Civil Veterinary Dept. Assam report 1911-1927 - 1911-1927
Year: 1911
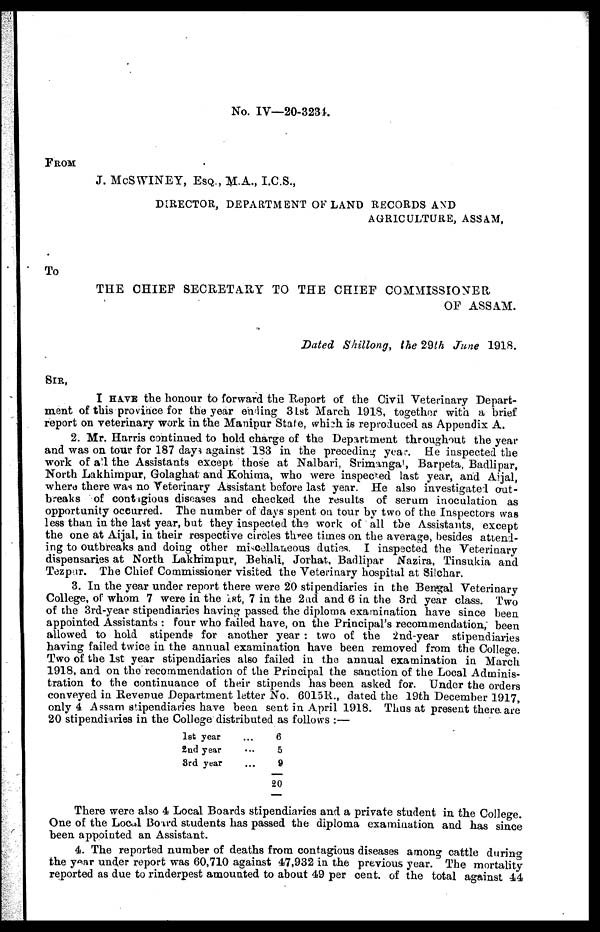
No. IV—20-3234.
FROM
J. McSWINEY, ESQ., M. A., I.C.S.,
DIRECTOR, DEPARTMENT OF LAND RECORDS AND
AGRICULTURE, ASSAM,
To
THE CHIEF SECRETARY TO THE CHIEF COMMISSIONER
OF ASSAM.
Dated Shillong,
the 29th June 1918.
SIR,
I HAVE the honour to forward the Report of the Civil Veterinary Depart-
ment of this province for the year ending 31st March 1918, together with a brief
report on veterinary work in the Manipur State, which is reproduced as Appendix A.
2. Mr. Harris continued to hold charge of the Department throughout the year
and was on tour for 187 days against 183 in the preceding year. He inspected the
work of all the Assistants except those at Nalbari, Srimangal, Barpeta, Badlipar,
North Lakhimpur, Golaghat and Kohima, who were inspected last year, and Aijal,
where there was no Veterinary Assistant before last year. He also investigated out-
breaks of contigious diseases and checked the results of serum inoculation as
opportunity occurred. The number of days spent on tour by two of the Inspectors was
less than in the last year, but they inspected the work of all the Assistants, except
the one at Aijal, in their respective circles three times on the average, besides attend-
ing to outbreaks and doing other miscellaneous duties. I inspected the Veterinary
dispensaries at North Lakbimpur, Behali, Jorhat, Badlipar Nazira, Tinsukia and
Tezpur. The Chief Commissioner visited the Veterinary hospital at Silchar.
3. In the year under report there were 20 stipendiaries in the Bengal Veterinary
College, of whom 7 were in the 1st, 7 in the 2nd and 6 in the 3rd year class. Two
of the 3rd-year stipendiaries having passed the diploma examination have since been
appointed Assistants : four who failed have, on the Principal's recommendation, been
allowed to hold stipends for another year : two of the 2nd-year stipendiaries
having failed twice in the annual examination have been removed from the College.
Two of the 1st year stipendiaries also failed in the annual examination in March
1918, and on the recommendation of the Principal the sanction of the Local Adminis-
tration to the continuance of their stipends has been asked for. Under the orders
conveyed in Revenue Department letter No. 6015R., dated the 19th December 1917,
only 4 Assam stipendiaries have been sent in April 1918. Thus at present there are
20 stipendiaries in the College distributed as follows :—
1st year
2nd year
3rd year
...
...
...
6
5
9
20
There were also 4 Local Boards stipendiaries and a private student in the College.
One of the Local Board students has passed the diploma examination and has since
been appointed an Assistant.
4. The reported number of deaths from contagious diseases among cattle during
the year under report was 60,710 against 47,932 in the previous year. The mortality
reported as due to rinderpest amounted to about 49 per cent. of the total against 44